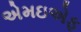
એમઇએફ